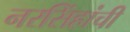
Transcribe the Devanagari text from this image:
नरसिंहांची